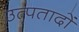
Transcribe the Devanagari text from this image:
उत्पतादों